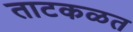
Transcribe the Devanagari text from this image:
ताटकळत